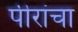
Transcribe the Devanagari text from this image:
पीरांचा